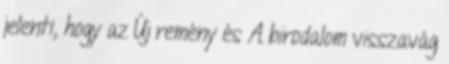
jelenti, hogy az Új remény és A birodalom visszavág